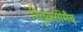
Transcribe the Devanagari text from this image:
रितुक्सीमैब